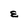
Character: E